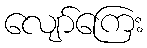
လျော်ကြေး